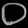
Digit: ၀